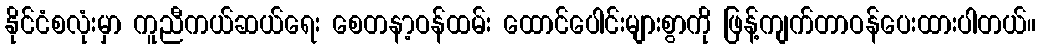
နိုင်ငံစလုံးမှာ ကူညီကယ်ဆယ်ရေး စေတနာ့ဝန်ထမ်း ထောင်ပေါင်းများစွာကို ဖြန့်ကျက်တာဝန်ပေးထားပါတယ်။